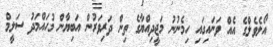
އޯލެވެލްގެ އެއް ވަނައިގައި ހިމެނުނު މަޖީދިއްޔާގެ ތިން ދަރިވަރުން އަބިޔާން މުހައްމަދު ސަލީމް